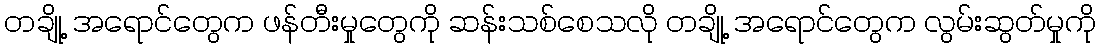
တချို့ အရောင်တွေက ဖန်တီးမှုတွေကို ဆန်းသစ်စေသလို တချို့ အရောင်တွေက လွမ်းဆွတ်မှုကို